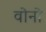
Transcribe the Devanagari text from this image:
वोनो